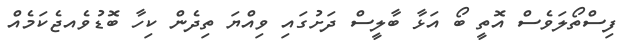
ފިސްތޯލަވެސް އޮތީ ބޯ އަޅާ ބާލީސް ދަށުގައި ވިއްޔަ ތިދެން ކިހާ ބޮޑުވެއޖެކަމެއް